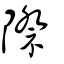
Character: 際